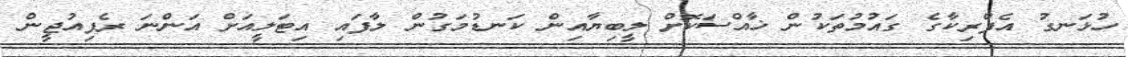
ހުޅަނގު އެފްރިކާގެ ގައުމުތަކުން ޚާއްސަކޮށް ލީބިޔާއިން ކަނޑުމަގުން ލާފައި އިޓަލީއަށް އަންނަ ރެފިއުޖީން